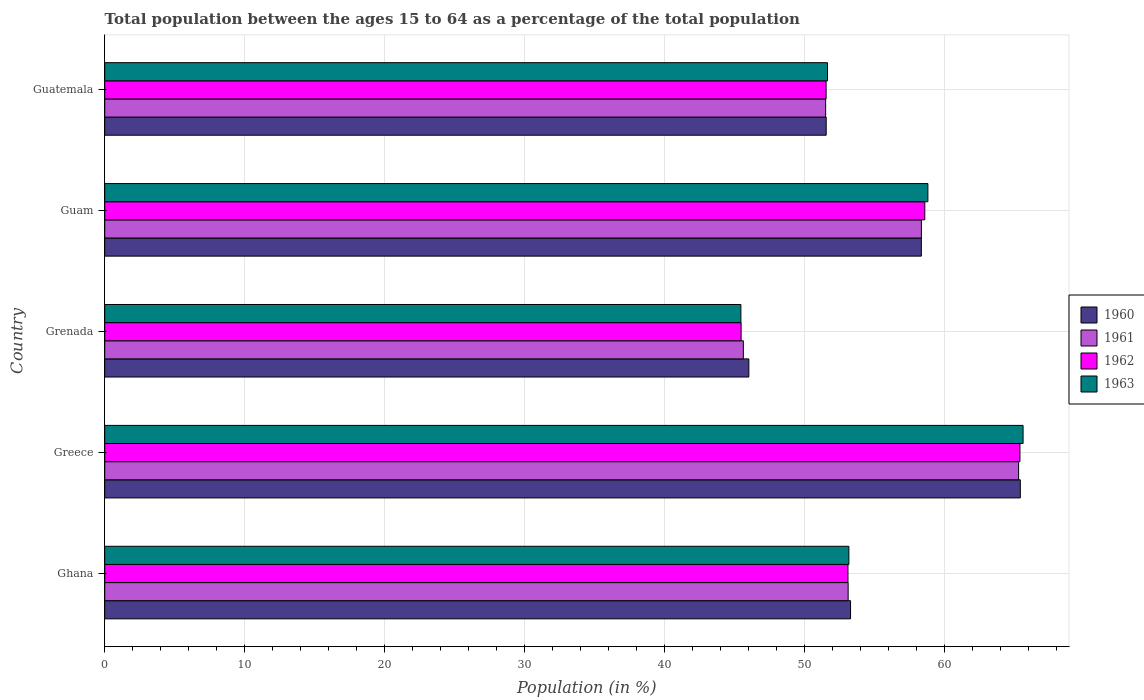
| Country | 1960 | 1961 | 1962 | 1963 |
 | --- | --- | --- | --- | --- |
 | Ghana | 53.3 | 53.1 | 53.1 | 53.2 |
 | Greece | 65.4 | 65.3 | 65.4 | 65.6 |
 | Grenada | 46 | 45.6 | 45.5 | 45.4 |
 | Guam | 58.3 | 58.3 | 58.6 | 58.8 |
 | Guatemala | 51.5 | 51.5 | 51.5 | 51.6 |